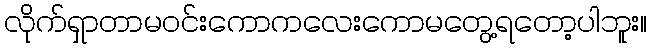
လိုက်ရှာတာမဝင်းကောကလေးကောမတွေ့ရတော့ပါဘူး။